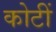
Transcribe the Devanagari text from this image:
कोटीं